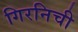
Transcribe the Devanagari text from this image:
गिरनिची